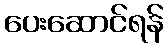
ပေးဆောင်ရန်